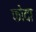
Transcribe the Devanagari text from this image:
फोदा